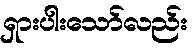
ရှားပါးသော်လည်း